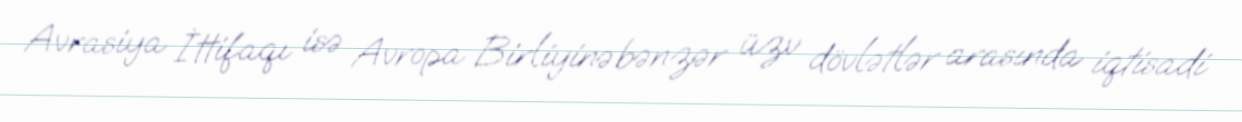
Avrasiya İttifaqı isə Avropa Birliyinə bənzər üzv dövlətlər arasında iqtisadi